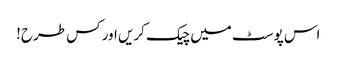
اس پوسٹ میں چیک کریں اور کس طرح!